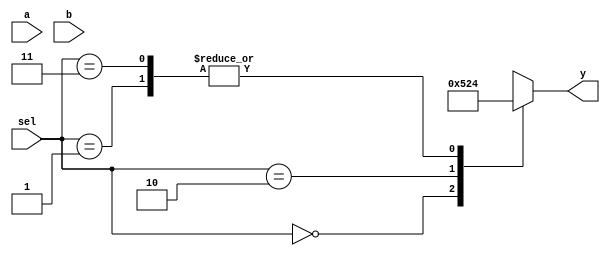
`timescale 1ns/1ns

module jmp(a, b, sel, y);
	input  [3:0] a, b;
	input  [1:0] sel;
	output [3:0] y;
	reg    [3:0] y;

	always@(a or b or sel) begin
		case(sel)
		/* */
		4'b0000: y <= 8'h05;
		4'b0001: y <= 8'h14;
		4'b0010: y <= 8'h02;
		4'b0011: y <= 8'h54;
		4'b0100: y <= 8'h48;
		4'b0101: y <= 8'h1e;
		4'b0110: y <= 8'h24;
		4'b0111: y <= 8'h38;
		4'b1000: y <= 8'h60;
		4'b1001: y <= 8'hxx;
		4'b1010: y <= 8'hxx;
		4'b1011: y <= 8'hxx;
		4'b1100: y <= 8'hxx;
		4'b1101: y <= 8'hxx;
		4'b1110: y <= 8'hxx;
		4'b1111: y <= 8'hxx;
		default: y <= 8'hxx;

		/*  */
		default: y <= 4'bxxxx;
		endcase
	end
endmodule